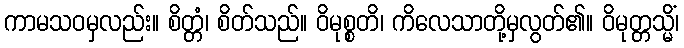
ကာမသဝမှလည်း။ စိတ္တံ၊ စိတ်သည်။ ဝိမုစ္စတိ၊ ကိလေသာတို့မှလွတ်၏။ ဝိမုတ္တသ္မိံ၊